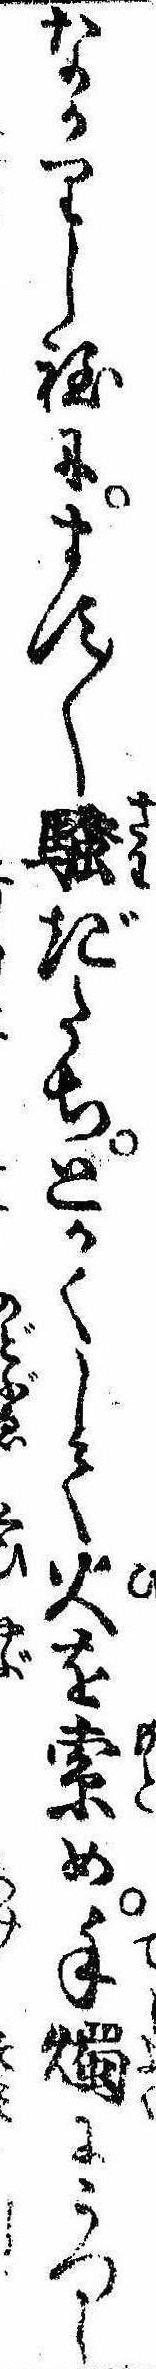
なかりし程にます〱騒ぎたちとかくして火を索め手燭にうつし